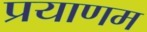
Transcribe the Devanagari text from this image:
प्रयाणम